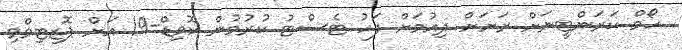
ހޯމް ކަރަންޓީނަށް ރަށަށް ދިއުމަށް ފަހު ޓެސްޓު ކުރުމުން ކޮވިޑް-19 އަށް ޕޮޒިޓިވްވި